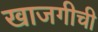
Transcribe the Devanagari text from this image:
खाजगीची